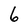
Character: 6